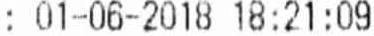
: 01-06-2018 18:21:09